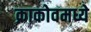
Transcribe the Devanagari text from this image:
क्राकोवमध्ये